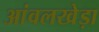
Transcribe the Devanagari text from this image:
आंवलखेड़ा